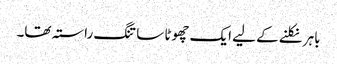
باہر نکلنے کے لیے ایک چھوٹا سا تنگ راستہ تھا۔